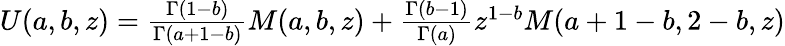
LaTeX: \begin{array}{r}{U(a,b,z)=\frac{\Gamma(1-b)}{\Gamma(a+1-b)}M(a,b,z)+\frac{\Gamma(b-1)}{\Gamma(a)}z^{1-b}M(a+1-b,2-b,z)}\end{array}